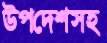
উপদেশসহ